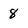
Character: 8